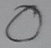
Text: O